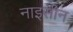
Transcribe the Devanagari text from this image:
नाइसीन